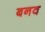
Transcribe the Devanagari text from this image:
बनव